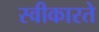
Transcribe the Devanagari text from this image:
स्‍वीकारते